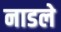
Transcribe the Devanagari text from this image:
नाडले